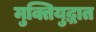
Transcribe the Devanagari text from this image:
मुक्तियुद्धात